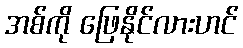
အစ်ကို ဖြေနိုင်လားဟင်